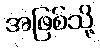
အဖြစ်သို့